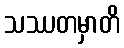
သဿတမှာတိ